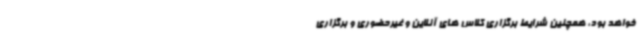
خواهد بود، همچنین شرایط برگزاری کلاس های آنلاین و غیرحضوری و برگزاری